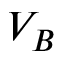
V _ { B }